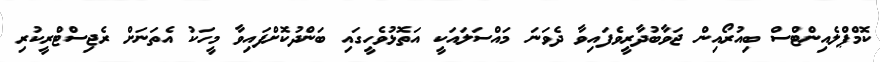
ކޮމްޕްލެއިންޓްސް ބިއުރޯއިން ޖަވާބުދާރީވެފައިވާ ދެވަނަ މައްސަލައަކީ އަތޮޅުވެހީގައި ބަންދުކޮށްފައިވާ މީހަކު އެތަނަށް ރެޖިސްޓްރީކުރި